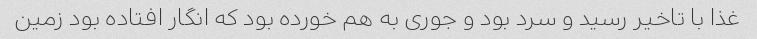
غذا با تاخیر رسید و سرد بود و جوری به هم خورده بود که انگار افتاده بود زمین